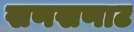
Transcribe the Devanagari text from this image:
खणखणाट